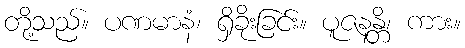
တို့သည်။ ပဏမာနံ၊ ရှိခိုးခြင်း။ ပူဇနန္တိ၊ ကား။